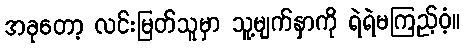
အခုတော့ လင်းမြတ်သူမှာ သူ့မျက်နှာကို ရဲရဲမကြည့်ဝံ့။